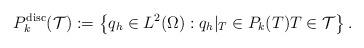
LaTeX: \begin{align*}{{P}}_k^{\mathrm{disc}}(\mathcal{T}):=\left\{q_h\in L^2(\Omega): q_h|_T\in P_k(T) T\in \mathcal{T}\right\}.\end{align*}